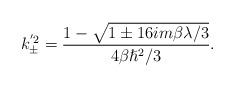
LaTeX: \begin{align*}k_{\pm}^{'2}=\frac{1-\sqrt{1\pm 16im\beta \lambda/3}}{4\beta \hslash^{2}/3}.\end{align*}